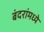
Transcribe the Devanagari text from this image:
बंदरांमध्ये